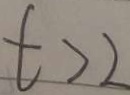
t > 2